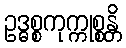
ဥဒ္ဓစ္စကုက္ကုစ္စန္တိ